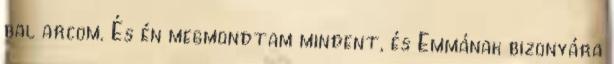
bal arcom. És én megmondtam mindent, és Emmának bizonyára